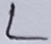
Text: L